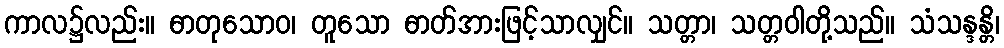
ကာလ၌လည်း။ ဓာတုသောဝ၊ တူသော ဓာတ်အားဖြင့်သာလျှင်။ သတ္တာ၊ သတ္တဝါတို့သည်။ သံသန္ဒန္တိ၊